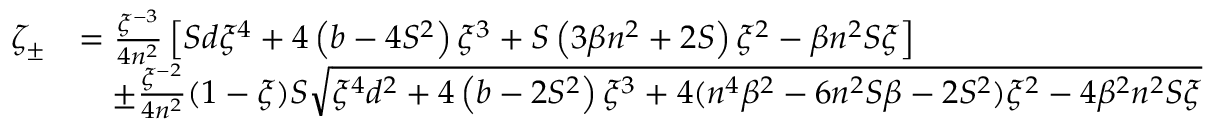
\begin{array} { r l } { \zeta _ { \pm } } & { = \frac { \xi ^ { - 3 } } { 4 n ^ { 2 } } \left[ S d \xi ^ { 4 } + 4 \left( b - 4 S ^ { 2 } \right) \xi ^ { 3 } + S \left( 3 \beta n ^ { 2 } + 2 S \right) \xi ^ { 2 } - \beta n ^ { 2 } S \xi \right] } \\ & { \quad \pm \frac { \xi ^ { - 2 } } { 4 n ^ { 2 } } ( 1 - \xi ) S \sqrt { \xi ^ { 4 } d ^ { 2 } + 4 \left( b - 2 S ^ { 2 } \right) \xi ^ { 3 } + 4 ( n ^ { 4 } \beta ^ { 2 } - 6 n ^ { 2 } S \beta - 2 S ^ { 2 } ) \xi ^ { 2 } - 4 \beta ^ { 2 } n ^ { 2 } S \xi } } \end{array}